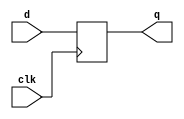
module dff (
    input clk,
    input d,
    output reg q
);
    initial q = 1'b0;
    always @(posedge clk) begin
        q <= d;
    end
endmodule

module top_module (
    input clk,
    input x,
    output z
); 
    wire d1, d2, d3;
    wire q1, q2, q3;

    assign d1 = q1 ^ x;
    assign d2 = x & (~q2);
    assign d3 = x | (~q3);
    
    dff dff1 (
        .clk(clk),
        .d(d1),
        .q(q1)
    );

    dff dff2 (
        .clk(clk),
        .d(d2),
        .q(q2)
    );

    dff dff3 (
        .clk(clk),
        .d(d3),
        .q(q3)
    );

    assign z = ~(q1 | q2 | q3);
endmodule